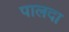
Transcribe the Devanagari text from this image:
पालदा